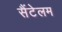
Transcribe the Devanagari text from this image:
सैंटेलम